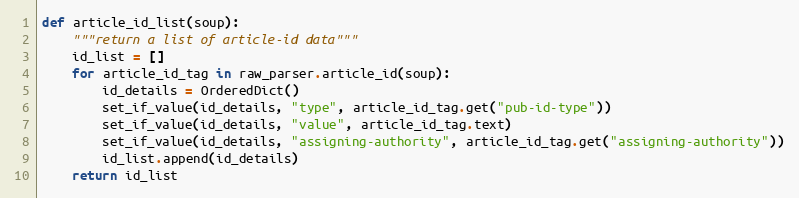
Language: Python
def article_id_list(soup):
    """return a list of article-id data"""
    id_list = []
    for article_id_tag in raw_parser.article_id(soup):
        id_details = OrderedDict()
        set_if_value(id_details, "type", article_id_tag.get("pub-id-type"))
        set_if_value(id_details, "value", article_id_tag.text)
        set_if_value(id_details, "assigning-authority", article_id_tag.get("assigning-authority"))
        id_list.append(id_details)
    return id_list